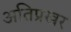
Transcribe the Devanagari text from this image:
अतिप्रखर